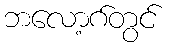
ဘလော့ဂ်တွင်